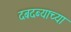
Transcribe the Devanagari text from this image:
दबदब्याच्या